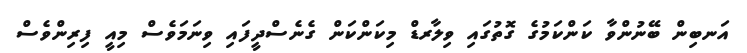
އަނބިން ބޭނުންވާ ކަންކަމުގެ ގޮތުގައި ވިލާރޑް މިކަންކަން ގެނެސްދީފައި ވިނަމަވެސް މިއީ ފިރިންވެސް